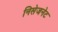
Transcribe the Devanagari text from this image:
निसेजनेट